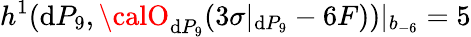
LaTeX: h^{1}(\mathrm{d}P_{9},{\calO}_{\mathrm{d}P_{9}}(3\sigma|_{\mathrm{d}P_{9}}-6F))|_{b_{-6}}=5